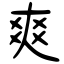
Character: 爽